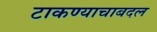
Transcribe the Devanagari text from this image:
टाकण्याचाबदल